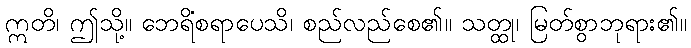
ဣတိ၊ ဤသို့။ ဘေရိံစရာပေသိ၊ စည်လည်စေ၏။ သတ္ထု၊ မြတ်စွာဘုရား၏။